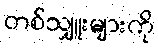
တစ်သျှူးများကို